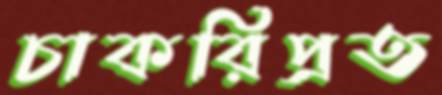
চাকরিপ্রত